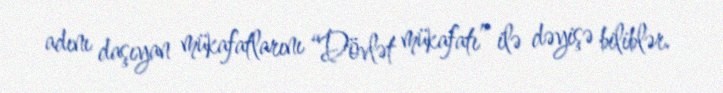
adını daşıyan mükafatlarını “Dövlət mükafatı” ilə dəyişə biliblər.